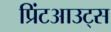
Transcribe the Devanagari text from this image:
प्रिंटआउट्स